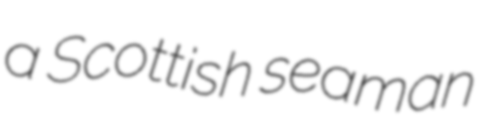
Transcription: a Scottish seaman